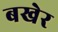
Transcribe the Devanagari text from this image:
बखेर